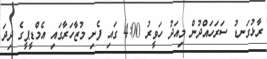
ރާޅުގަނޑު ސަރަހައްދުން މިއަދު ހަވީރު 4:00 ގައި ފެށި މުޒާހަރާގައި އެމްޑީޕީގެ ދިދަ